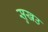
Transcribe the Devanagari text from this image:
सुखउ